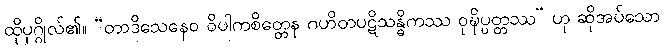
ထိုပုဂ္ဂိုလ်၏။ “တာဒိသေနေဝ ဝိပါကစိတ္တေန ဂဟိတပဋိသန္ဓိကဿ ဝုဍ္ဎိပ္ပတ္တဿ” ဟု ဆိုအပ်သော